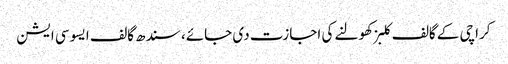
کراچی کے گالف کلبز کھولنے کی اجازت دی جائے، سندھ گالف ایسوسی ایشن